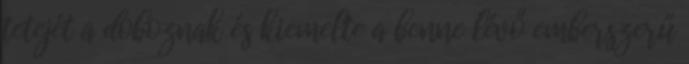
tetejét a doboznak és kiemelte a benne lévő emberszerű